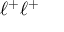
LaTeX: \ell ^ { + } \ell ^ { + }